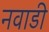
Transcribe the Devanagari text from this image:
नवाडी